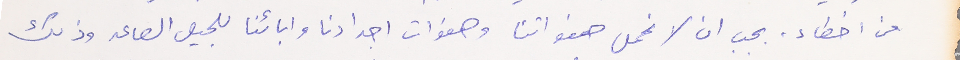
من اخطاء. بجب ان لا نحمل هفواتنا وهفوات اجدادنا وابائنا للجيل الصاعد وذلك